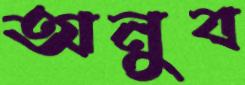
অনুব